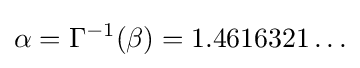
\alpha =\Gamma ^{-1}(\beta )=1.4616321\ldots